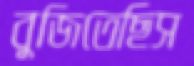
বুজিতেছিস